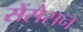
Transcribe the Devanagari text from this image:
सेंसेसन